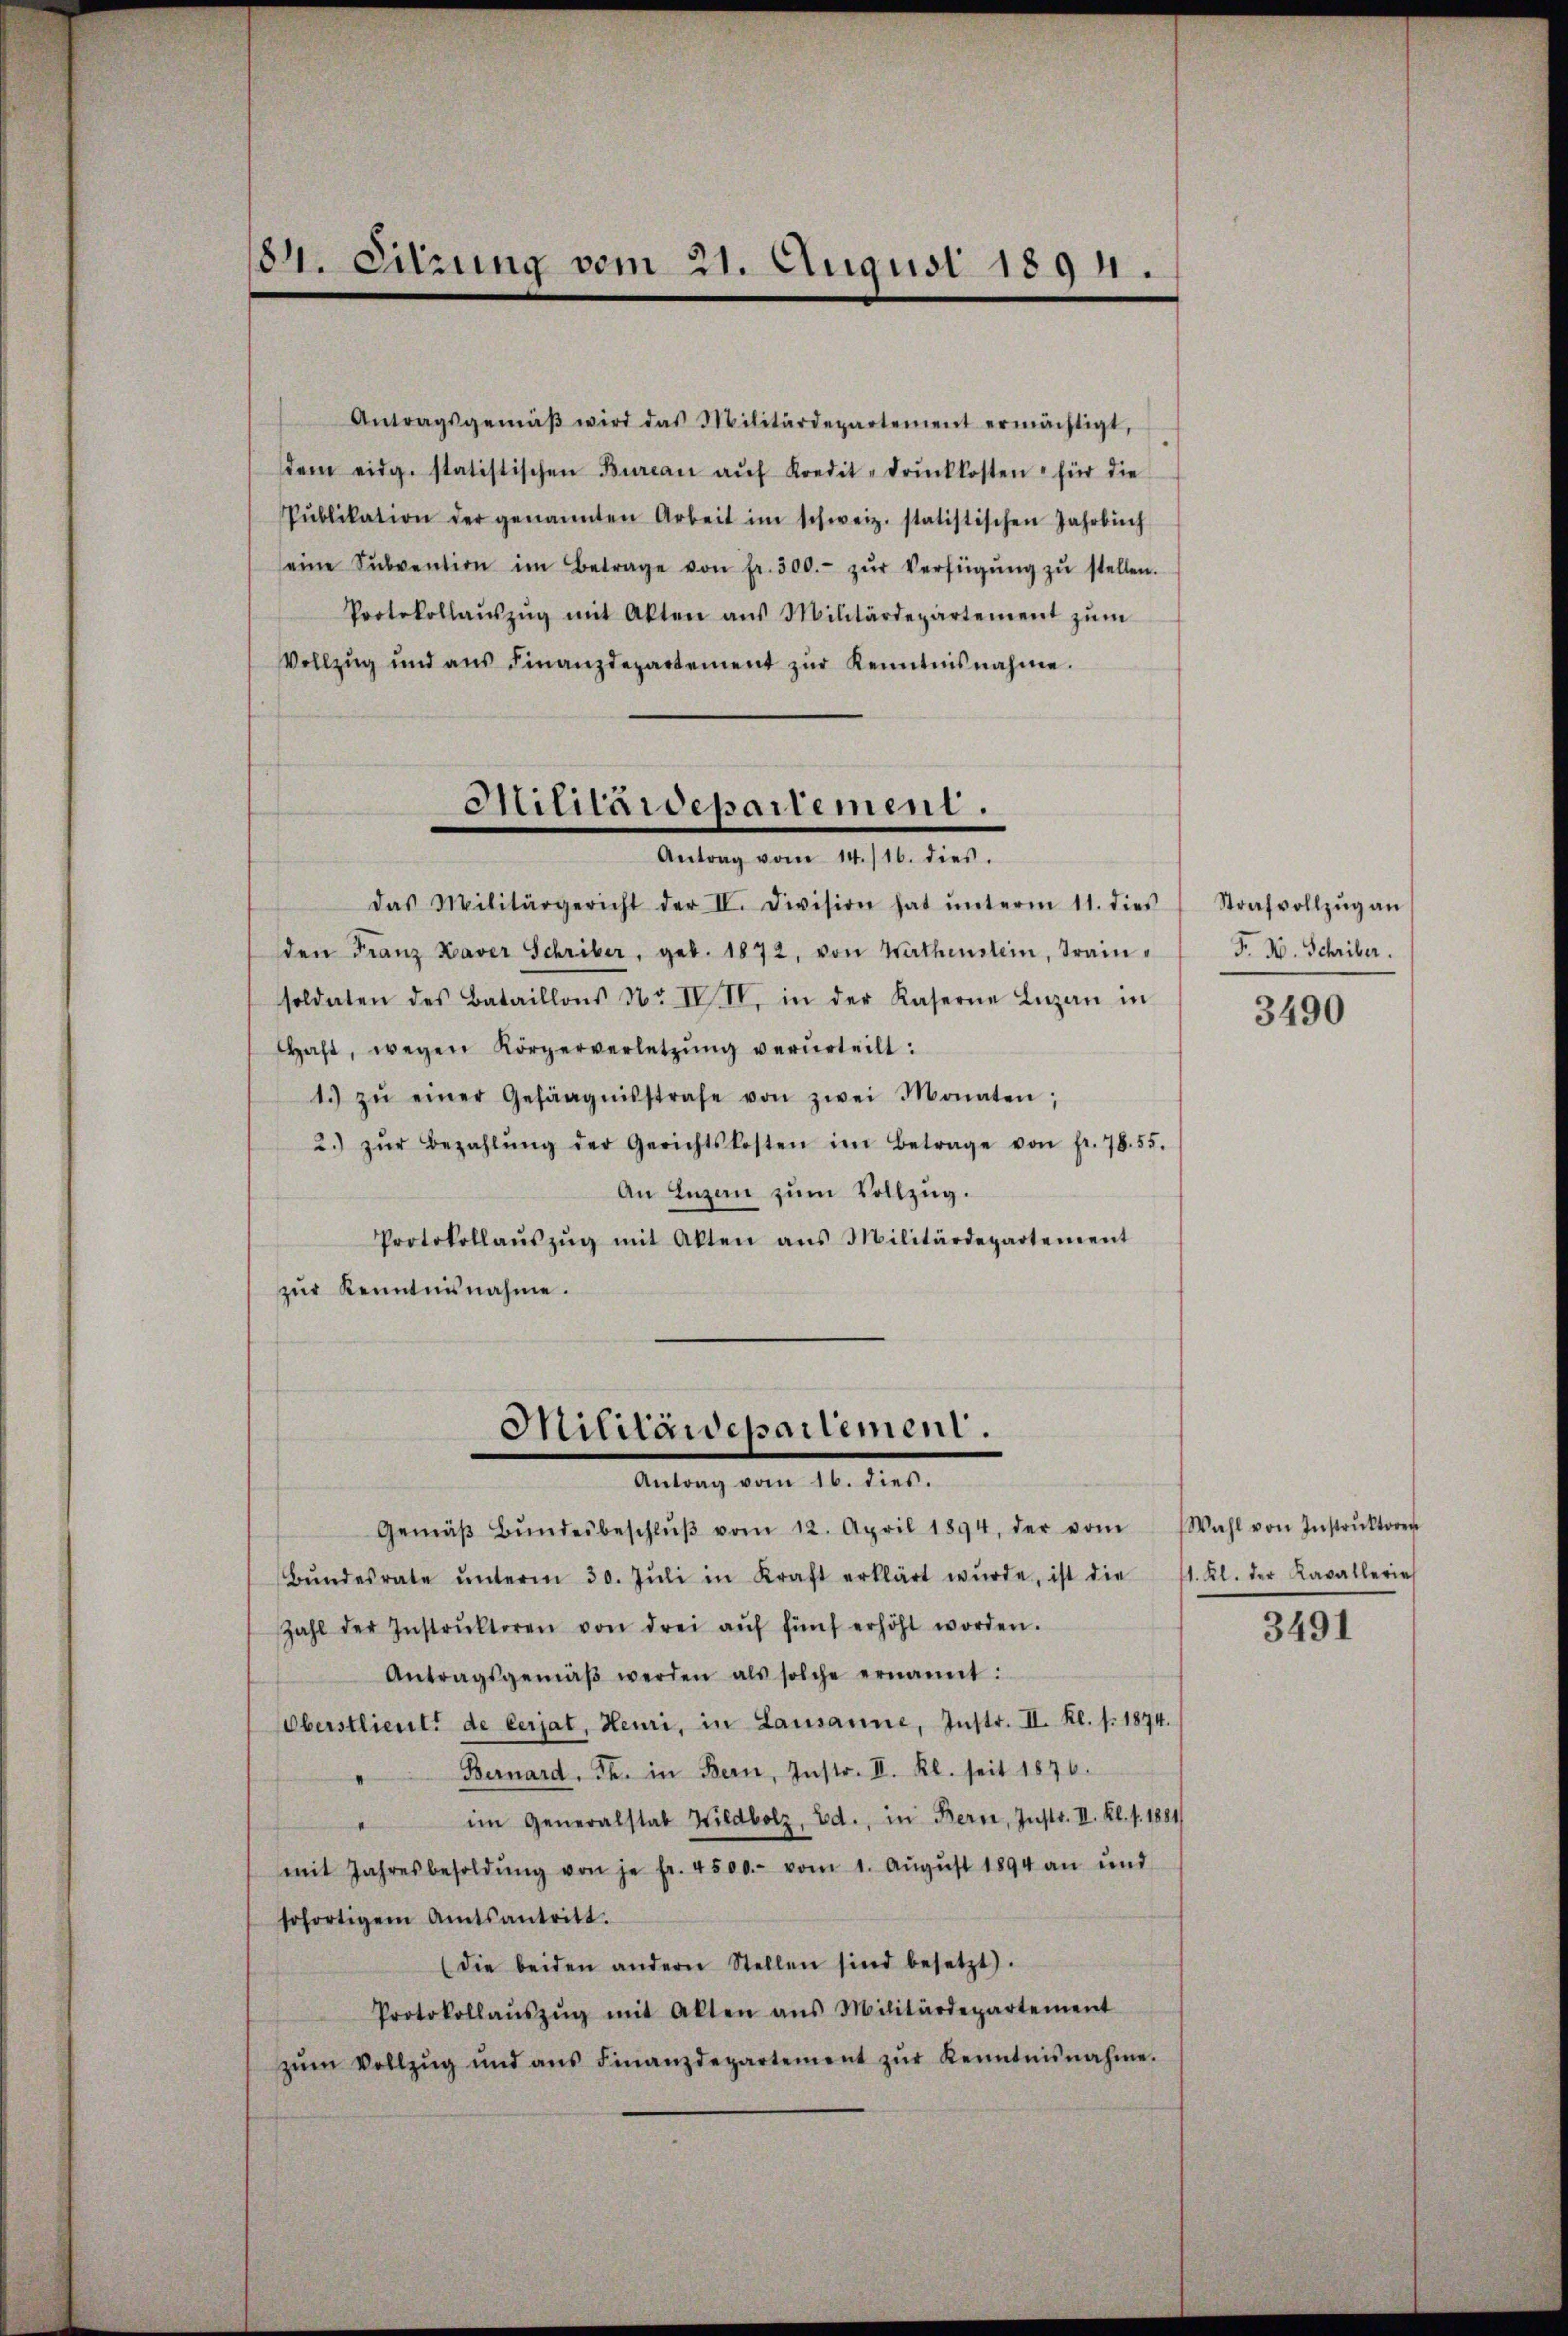
84. Sitzung vom 21. August 1894.

Antragsgemäβ wird das Militärdepartement ermächtigt,
dem eidg. statistischen Burcan aŭf Kredit-drŭckkosten für die
Pŭblikation der genannten Arbeit im schweiz. statistischen Jahrbüch
eine Sŭbvention im Betrage von fr. 300.- zŭr Verfügŭng zŭ stellen.
Protokollaŭszŭg mit Akten aus Militärdepartement zŭm
Vollzug und aŭs Finanzdepartement zŭr Kenntnisnahme.
den Franz Xaver Schriber, geb. 1872, von Werthenstein, Train-
soldaten des Bataillons No III. in der Kaserne Luzan in
aht, wegen Körperverletzŭng verurteilt:
1. zŭ einer Gefängnisstrafe von zwei Monaten;
2.) zŭr Bezahlŭng der Gerichtskosten im Betrage von fr. 78. 55.
An Luzern zum Vollzug.
Protokollaŭszŭg mit Akten ans Militärdepartement
zŭr Kenntnisnahme.
Militärdepartement.
Antrag vom 16. dies.
Gemäβ Bŭndesbeschlŭβ vom 12. April 1894, der vom Wahl von Instrŭktoren
Bŭndesrate ŭnterm 30. Jŭli in Kraft erklärt wŭrde, ist die
Zahl der Instrŭktoren von drei aŭf fünf erhöht worden.
Antragsgemäβ werden als solche ernannt:
Oberstlieutt de lerjat, Heuri, in Lausanne, Instr. II. Kl. f. 1874.
Bernard. Th. in Bern, Instr. II. Kl. seit 1876.
im Generalstab Wildbolz, Bd., in Bern, Instr. II. Kl. v. 1881/
mit Jahresbesoldŭng von je fr. 4500.- vom 1. Aŭgŭst 1894 an und
sofortigem Amtsantritt.
die beiden andern Stellen sind besetzt.
Protokollaŭszŭg mit Akten ans Militärdepartement
zŭm Vollzŭg und ans Finanzdepartement zŭr Kenntnisnahme.

Militärdepartement.
Antrag vom 14./16. dies.
das Militärgericht der II. Division hat ŭnterm 11. dies

Strafvollzug an
F. W. Schriber.

3490

1. Kl. der Kavallerie
3491